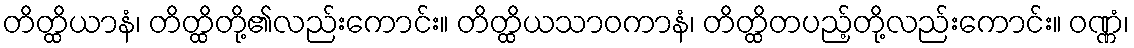
တိတ္ထိယာနံ၊ တိတ္ထိတို့၏လည်းကောင်း။ တိတ္ထိယသာဝကာနံ၊ တိတ္ထိတပည့်တို့လည်းကောင်း။ ဝဏ္ဏံ၊